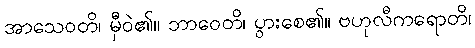
အာသေဝတိ၊ မှီဝဲ၏။ ဘာဝေတိ၊ ပွားစေ၏။ ဗဟုလီကရောတိ၊